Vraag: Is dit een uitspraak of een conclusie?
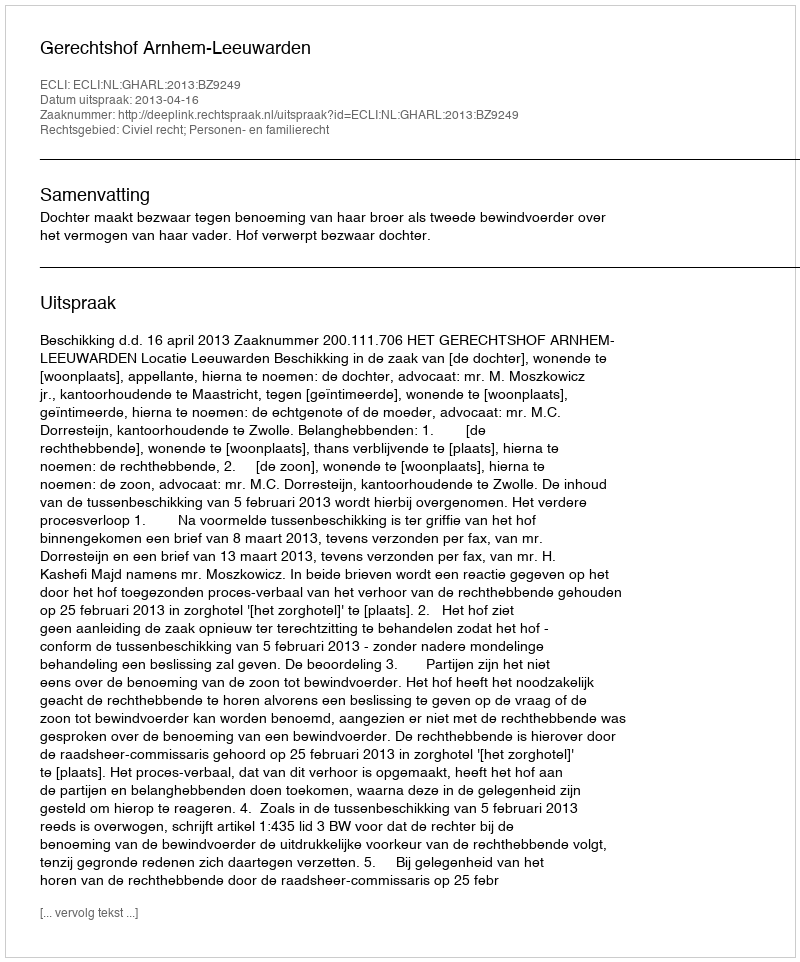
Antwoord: Uitspraak